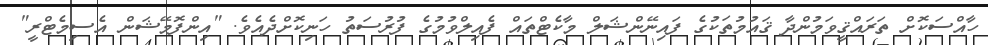
ހާއްސަކޮށް ތަރައްޤީވަމުންދާ ޤައުމުތަކުގެ ފައިނޭންޝަލް މާކެޓްތައް ފެއިލްވުމުގެ ފުރުސަތު ހަނިކޮށްދެއެވެ. "އިންފޮމޭޝަން އެސިމެޓްރީ"